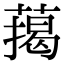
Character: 䔾